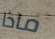
ماذا